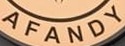
AFANDY